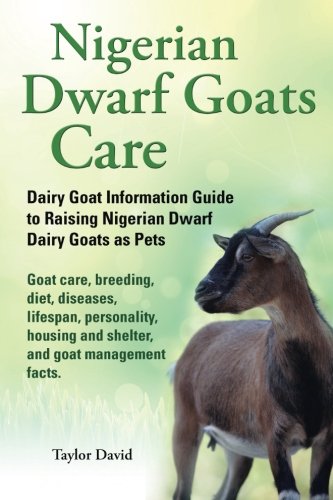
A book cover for Nigerian Dwarf Goats Care: Dairy Goat Information Guide to Raising Nigerian Dwarf Dairy Goats as Pets. Goat care, breeding, diet, diseases, lifespan, ... and shelter, and goat management facts.; Taylor David; Crafts, Hobbies & Home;